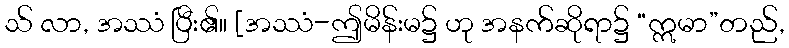
သ် လာ, အဿံ ပြီး၏။ [အဿံ-ဤမိန်းမ၌ ဟု အနက်ဆိုရာ၌ “ဣမာ”တည်,